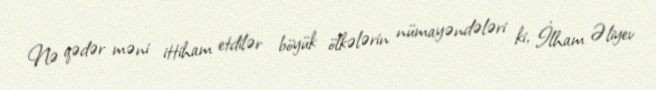
Nə qədər məni ittiham etdilər böyük ölkələrin nümayəndələri ki, İlham Əliyev